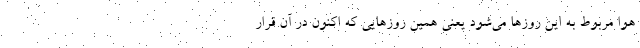
هوا مربوط به این روزها می‌شود یعنی همین روزهایی که اکنون در آن قرار